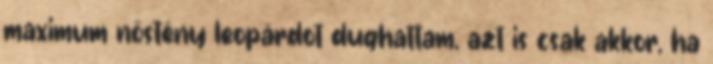
maximum nőstény leopárdot dughattam, azt is csak akkor, ha